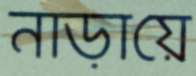
নাড়ায়ে